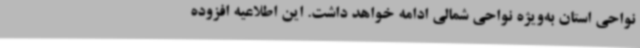
نواحی استان به‌ویژه نواحی شمالی ادامه خواهد داشت. این اطلاعیه افزوده